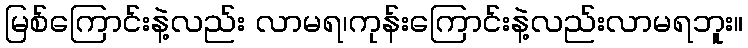
မြစ်ကြောင်းနဲ့လည်း လာမရ၊ကုန်းကြောင်းနဲ့လည်းလာမရဘူး။